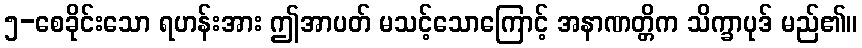
၅-စေခိုင်းသော ရဟန်းအား ဤအာပတ် မသင့်သောကြောင့် အနာဏတ္တိက သိက္ခာပုဒ် မည်၏။